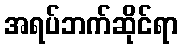
အရပ်ဘက်ဆိုင်ရာ